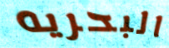
البحريه